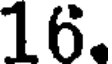
16.